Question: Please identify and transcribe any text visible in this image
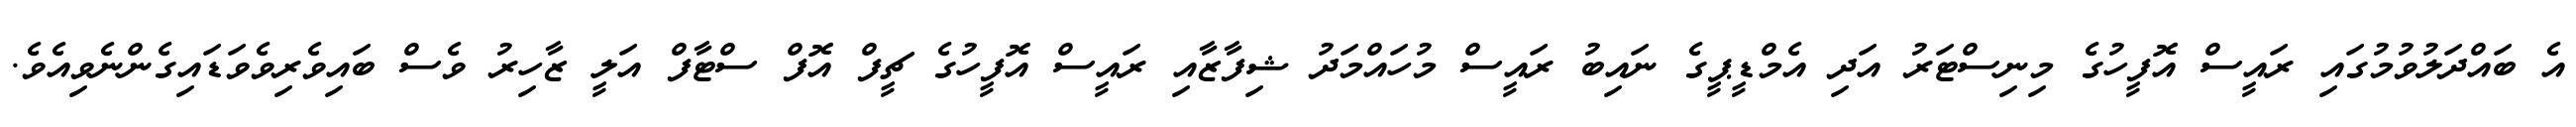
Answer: އެ ބައްދަލުވުމުގައި ރައީސް އޮފީހުގެ މިނިސްޓަރު އަދި އެމްޑީޕީގެ ނައިބު ރައީސް މުހައްމަދު ޝިފާޒާއި ރައީސް އޮފީހުގެ ޗީފް އޮފް ސްޓާފް އަލީ ޒާހިރު ވެސް ބައިވެރިވެވަޑައިގެންނެވިއެވެ.